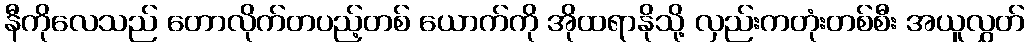
နီကိုလေသည် တောလိုက်တပည့်တစ် ယောက်ကို အိုထရာနိုသို့ လှည်းကတုံးတစ်စီး အယူလွှတ်